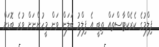
ފިލްމުގެ ކެރެކްޓާސްތައް ތިބީ އެ ފިލްމު ބަލަން ވަން މީހުންނަށް ވުރެ ބޮޑަށް